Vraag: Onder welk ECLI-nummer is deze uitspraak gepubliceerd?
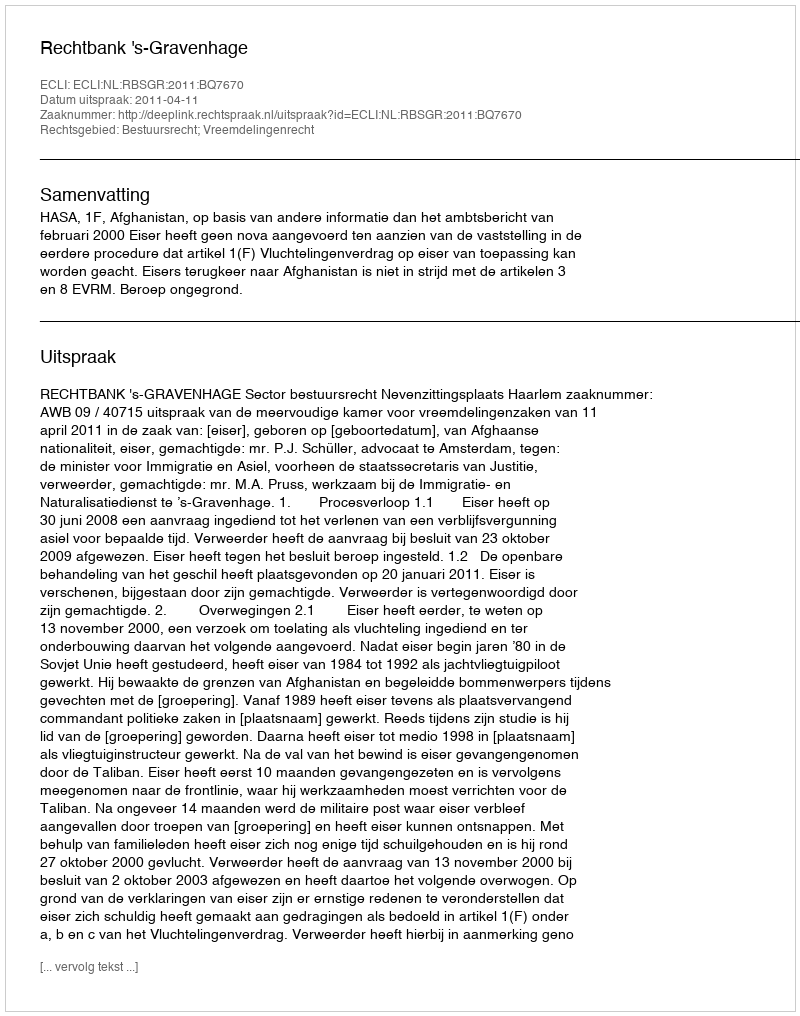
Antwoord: ECLI:NL:RBSGR:2011:BQ7670